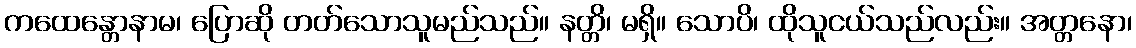
ကထေန္တောနာမ၊ ပြောဆို တတ်သောသူမည်သည်။ နတ္တိ၊ မရှိ။ သောပိ၊ ထိုသူငယ်သည်လည်း။ အတ္တနော၊